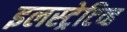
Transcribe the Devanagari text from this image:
इलस्ट्रेटिव्ह